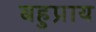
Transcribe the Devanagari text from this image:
बहुप्राय